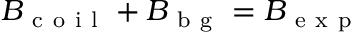
B _ { \mathrm { ~ c ~ o ~ i ~ l ~ } } + B _ { \mathrm { ~ b ~ g ~ } } = B _ { \mathrm { ~ e ~ x ~ p ~ } }